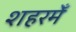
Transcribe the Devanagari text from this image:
शहरमेँ